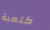
كلعبة